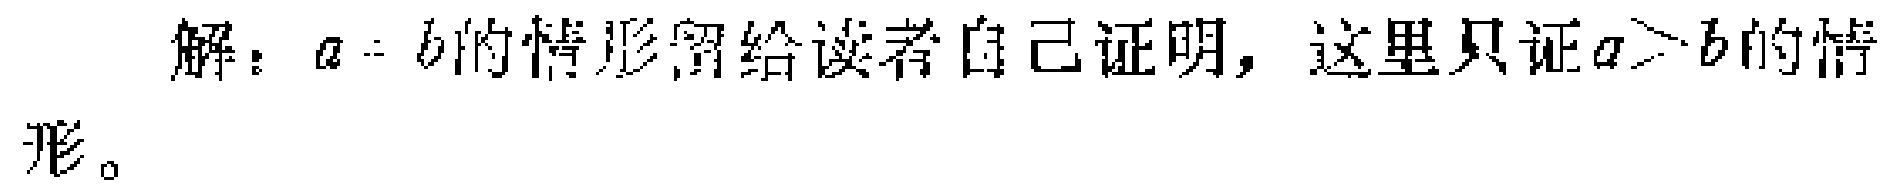
解：\(a = b\)的情形留给读者自己证明，这里只证\(a>b\)的情形。